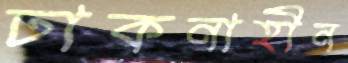
ঢাকনাহীন